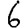
Digit: 6